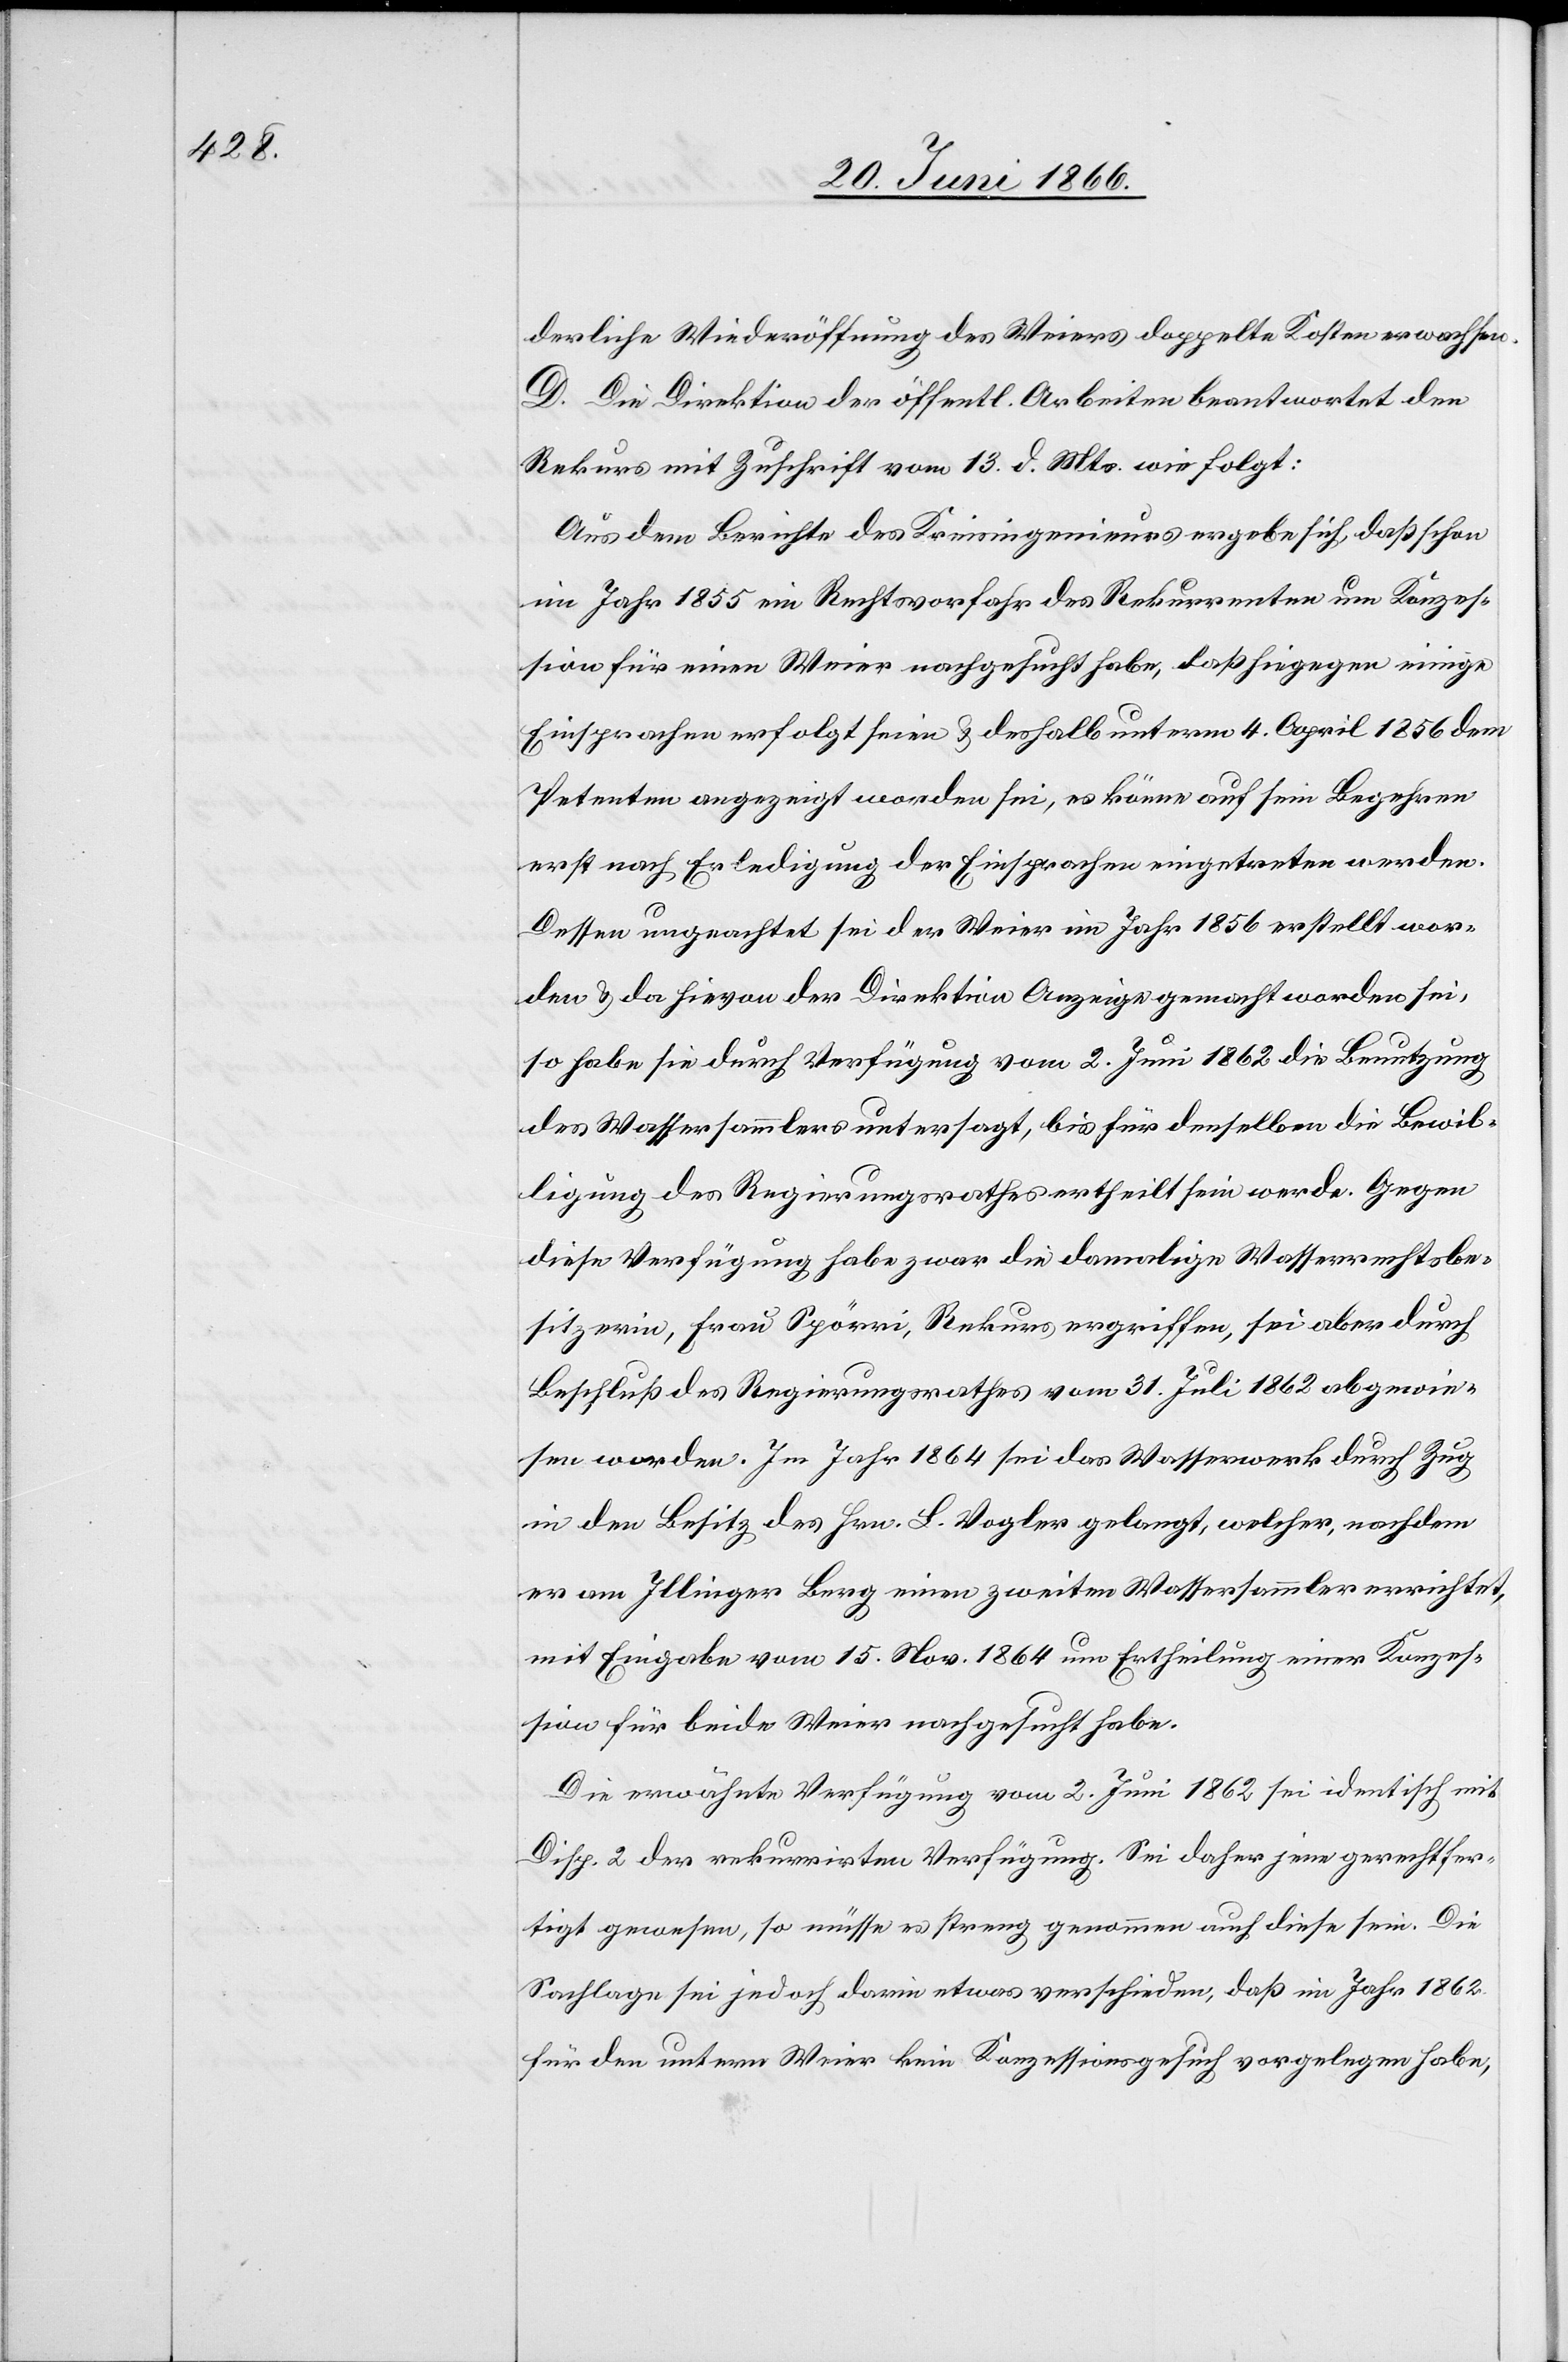
chtsbe¬

derliche Wiederöffnung des Weiers doppelte Kosten erwachsen.
D. Die Direktion der öffentl. Arbeiten beantwortet den
Rekurs mit Zuschrift vom 13. d. Mts. wie folgt:
Aus dem Berichte des Kreisingenieurs ergebe sich, daß schon
im Jahr 1855 ein Rechtsvorfahr des Rekurrenten um Konzes¬
sion für einen Weier nachgesucht habe, daß hiegegen einige
Einsprachen erfolgt seien u. deshalb unterm 4. April 1856 dem
Petenten angezeigt worden sei, es könne auf sein Begehren
erst nach Erledigung der Einsprachen eingetreten werden.
Dessen ungeachtet sei der Weier im Jahr 1856 erstellt wor¬
den u. da hievon der Direktion Anzeige gemacht worden sei,
so habe sie durch Verfügung vom 2. Juni 1862 die Benutzung
des Wassersammlers untersagt, bis für denselben die Bewil¬
ligung des Regierungsrathes ertheilt werde. Gegen diese
sitzerin, Frau Spörri, Rekurs ergriffen, sei aber durch
Beschluß des Regierungsrathes vom 31. Juli 1862 abgewie¬
sen worden. Im Jahr 1864 sei das Wasserwerk durch Zug
in den Besitz des Hrn. L. Vogler gelangt, welcher, nachdem
er am Illinger Berg einen zweiten Wassersammler errichtet,
mit Eingabe vom 15. Nov. 1864 um Ertheilung einer Konzes¬
sion für beide Weier nachgesucht habe.
Die erwähnte Verfügung vom 2. Juni 1862 sei identisch mit
Disp. 2 der rekurrirten Verfügung. Sei daher jene gerechtfer¬
tigt gewesen, so müsse es streng genommen auch diese sein. Die
Sachlage sei jedoch darin etwas verschieden, daß im Jahr 1862
für den untern Weier kein Konzessionsgesuch vorgelegen habe,